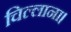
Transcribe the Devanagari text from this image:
चिल्लाना।